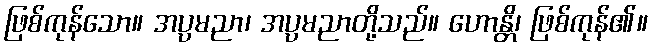
ဖြစ်ကုန်သော။ အပ္ပမညာ၊ အပ္ပမညာတို့သည်။ ဟောန္တိ၊ ဖြစ်ကုန်၏။